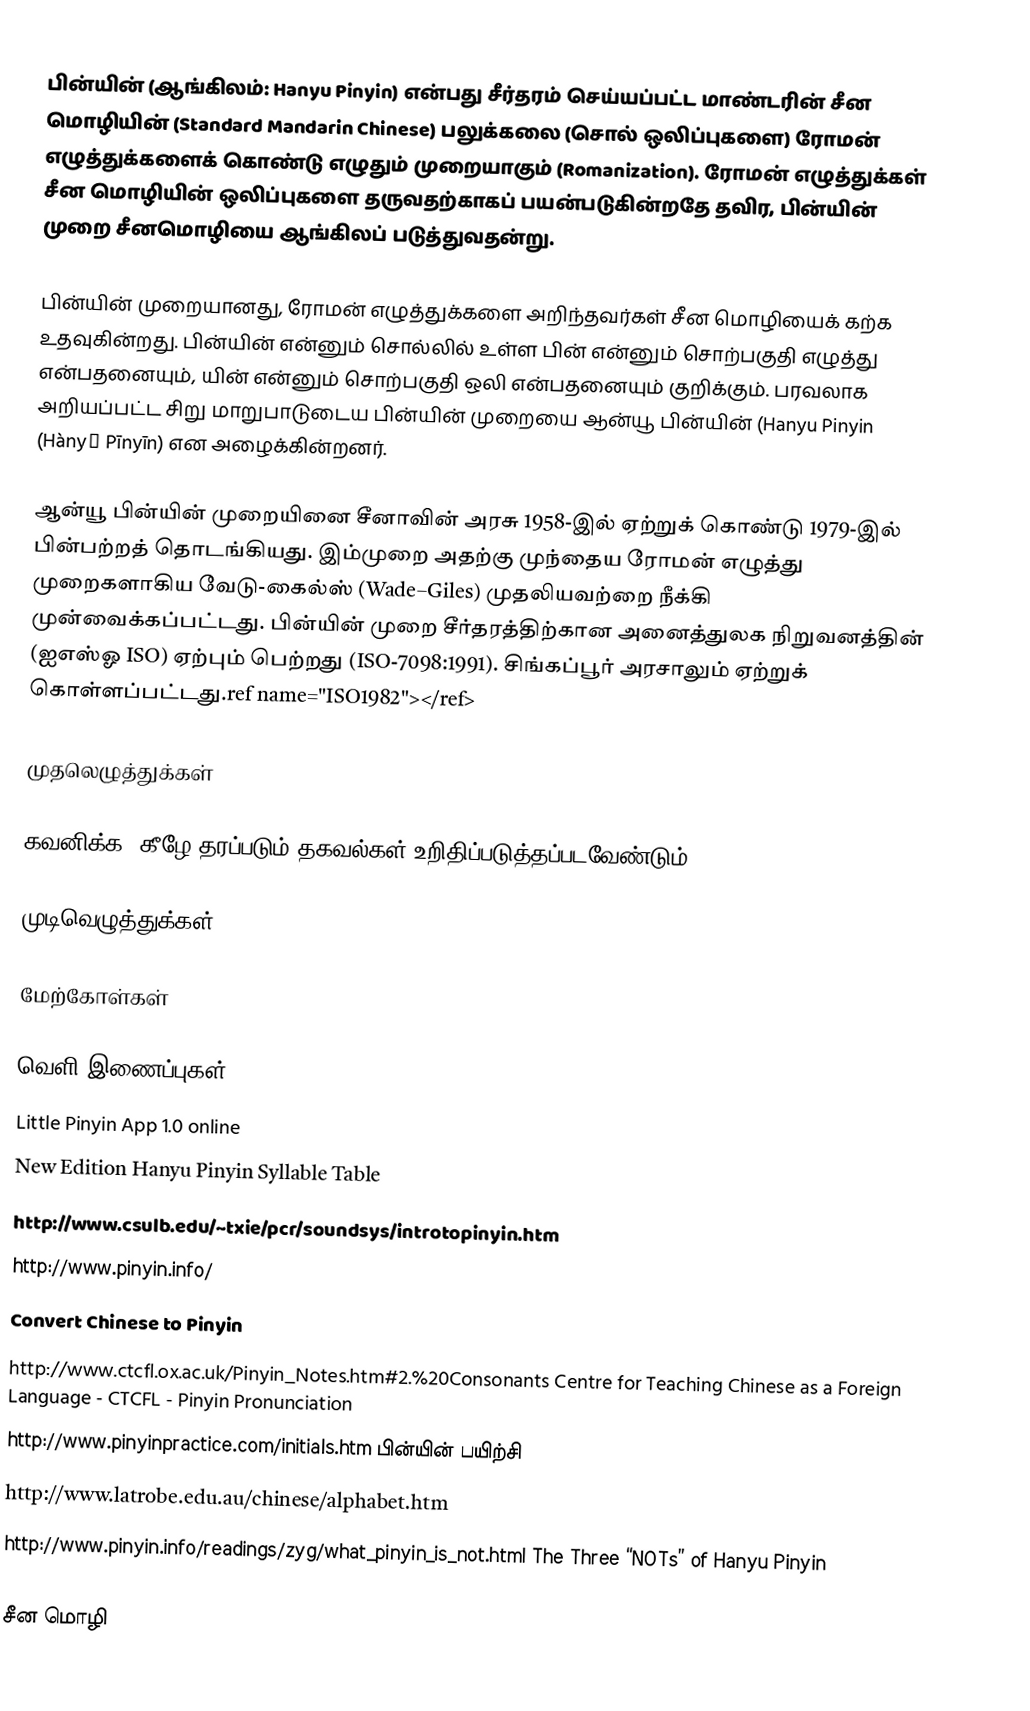
பின்யின் (ஆங்கிலம்: Hanyu Pinyin) என்பது சீர்தரம் செய்யப்பட்ட மாண்டரின் சீன மொழியின் (Standard Mandarin Chinese) பலுக்கலை (சொல் ஒலிப்புகளை) ரோமன் எழுத்துக்களைக் கொண்டு எழுதும் முறையாகும் (Romanization). ரோமன் எழுத்துக்கள் சீன மொழியின் ஒலிப்புகளை தருவதற்காகப் பயன்படுகின்றதே தவிர, பின்யின் முறை சீனமொழியை ஆங்கிலப் படுத்துவதன்று.

பின்யின் முறையானது, ரோமன் எழுத்துக்களை அறிந்தவர்கள் சீன மொழியைக் கற்க உதவுகின்றது. பின்யின் என்னும் சொல்லில் உள்ள பின் என்னும் சொற்பகுதி எழுத்து என்பதனையும், யின் என்னும் சொற்பகுதி ஒலி என்பதனையும் குறிக்கும். பரவலாக அறியப்பட்ட சிறு மாறுபாடுடைய பின்யின் முறையை ஆன்யூ பின்யின் (Hanyu Pinyin (Hànyǔ Pīnyīn) என அழைக்கின்றனர்.

ஆன்யூ பின்யின் முறையினை சீனாவின் அரசு 1958-இல் ஏற்றுக் கொண்டு 1979-இல் பின்பற்றத் தொடங்கியது. இம்முறை அதற்கு முந்தைய ரோமன் எழுத்து முறைகளாகிய வேடு-கைல்ஸ் (Wade–Giles) முதலியவற்றை நீக்கி முன்வைக்கப்பட்டது. பின்யின் முறை சீர்தரத்திற்கான அனைத்துலக நிறுவனத்தின் (ஐஎஸ்ஓ ISO) ஏற்பும் பெற்றது (ISO-7098:1991). சிங்கப்பூர் அரசாலும் ஏற்றுக் கொள்ளப்பட்டது.ref name="ISO1982"></ref>

முதலெழுத்துக்கள்

கவனிக்க: கீழே தரப்படும் தகவல்கள் உறிதிப்படுத்தப்படவேண்டும்.

முடிவெழுத்துக்கள்

மேற்கோள்கள்

வெளி இணைப்புகள்
 Little Pinyin App 1.0 online
 New Edition Hanyu Pinyin Syllable Table
 http://www.csulb.edu/~txie/pcr/soundsys/introtopinyin.htm
 http://www.pinyin.info/
 Convert Chinese to Pinyin
 http://www.ctcfl.ox.ac.uk/Pinyin_Notes.htm#2.%20Consonants Centre for Teaching Chinese as a Foreign Language - CTCFL - Pinyin Pronunciation
 http://www.pinyinpractice.com/initials.htm பின்யின் பயிற்சி
 http://www.latrobe.edu.au/chinese/alphabet.htm
 http://www.pinyin.info/readings/zyg/what_pinyin_is_not.html The Three “NOTs” of Hanyu Pinyin

சீன மொழி